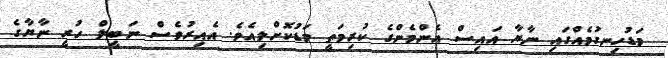
މަޑުހިނގުމެއްގައި ނާޔާ އައިސް އެންމެންގެ ކުރިމަތީ މަޑުކޮށްލިއެވެ. އެއިރުވެސް ނަބީލް ހުރީ ނާޔާގެ